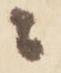
ニ